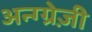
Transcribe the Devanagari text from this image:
अन्ग्ग्रेज़ी